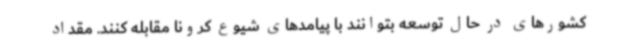
کشورهای در حال توسعه بتوانند با پیامدهای شیوع کرونا مقابله کنند. مقداد